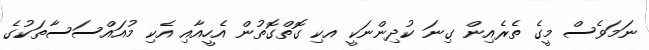
ނަމަވެސް މީގެ ތެރެއިން ގިނަ ކުދިންނަކީ އކި ގޮތްްގޮތުން އެހީއާއި އެކި މުއައްސަސާތަކުގެ